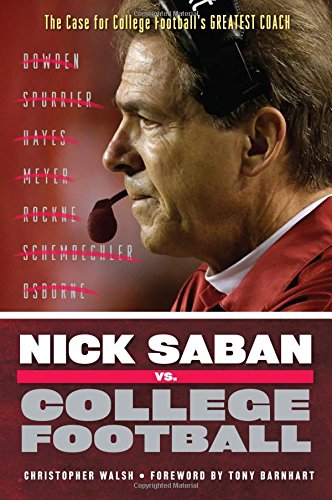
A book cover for Nick Saban vs. College Football: The Case for College Football's Greatest Coach; Christopher Walsh; Sports & Outdoors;